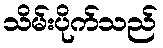
သိမ်းပိုက်သည်